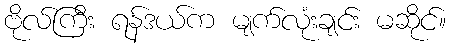
ဗိုလ်ကြီး ရန်ဒယ်က မျက်လုံးချင်း မဆိုင်။